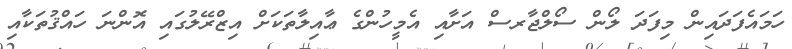
ހަމައެފަދައިން މިފަދަ ލޯން ސޯލްޖާރސް އަށާއި އެމީހުންގެ ޢާއިލާތަކަށް އިޒްރޭލުގައި އޮންނަ ހައްޤުތަކާއި